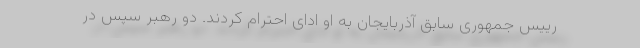
رییس جمهوری سابق آذربایجان به او ادای احترام کردند. دو رهبر سپس در